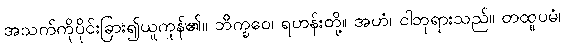
အသက်ကိုပိုင်းခြား၍ယူကုန်၏။ ဘိက္ခဝေ၊ ရဟန်းတို့။ အဟံ၊ ငါဘုရားသည်။ တထူပမံ၊